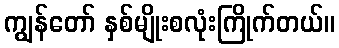
ကျွန်တော် နှစ်မျိုးစလုံးကြိုက်တယ်။